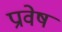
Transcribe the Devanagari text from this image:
प्रावेष